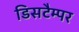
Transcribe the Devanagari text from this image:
डिसटैम्पर